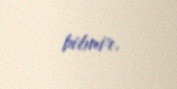
bilmir.